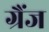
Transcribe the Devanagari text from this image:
ग्रैंज